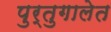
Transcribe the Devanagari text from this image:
पुर्तुगालेत